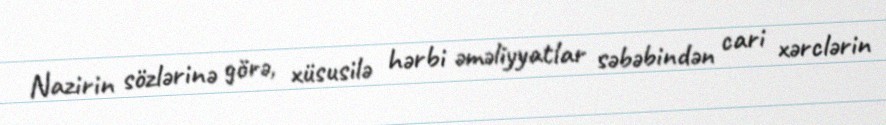
Nazirin sözlərinə görə, xüsusilə hərbi əməliyyatlar səbəbindən cari xərclərin